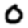
Digit: 0